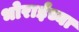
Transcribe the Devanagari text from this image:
भोराईच्या